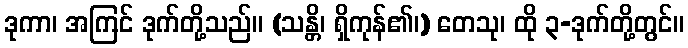
ဒုကာ၊ အကြင် ဒုက်တို့သည်။ (သန္တိ၊ ရှိကုန်၏၊) တေသု၊ ထို ၃-ဒုက်တို့တွင်။